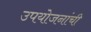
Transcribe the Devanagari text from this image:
उपयोजनांची